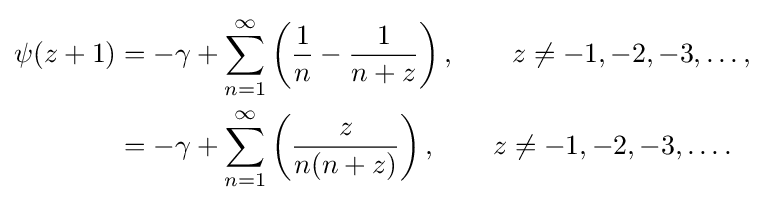
{\begin{aligned}\psi (z+1)&=-\gamma +\sum _{n=1}^{\infty }\left({\frac {1}{n}}-{\frac {1}{n+z}}\right),\qquad z\neq -1,-2,-3,\ldots ,\\&=-\gamma +\sum _{n=1}^{\infty }\left({\frac {z}{n(n+z)}}\right),\qquad z\neq -1,-2,-3,\ldots .\end{aligned}}